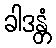
ခါဒန္တံ